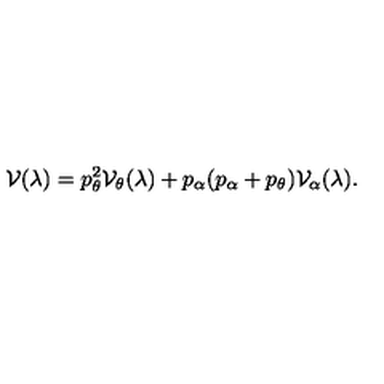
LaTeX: { \cal V } ( \lambda ) = p _ { \theta } ^ { 2 } { \cal V } _ { \theta } ( \lambda ) + p _ { \alpha } ( p _ { \alpha } + p _ { \theta } ) { \cal V } _ { \alpha } ( \lambda ) .